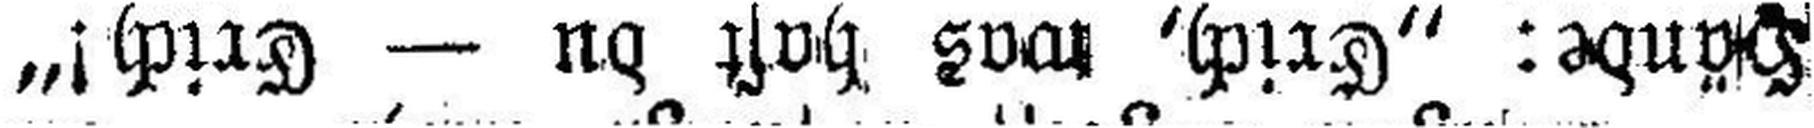
Hände: „Erich, was hast du — Erich!“